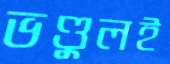
ভণ্ডুলই